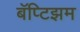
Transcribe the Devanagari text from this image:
बॅप्टिझम